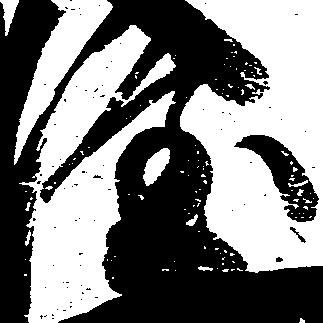
隆